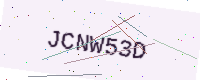
Text: JCNW53D